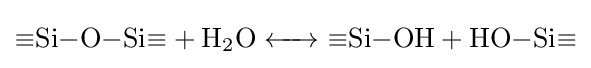
{\ce {#Si-O-Si# + H2O <-> #Si-OH + HO-Si#}}